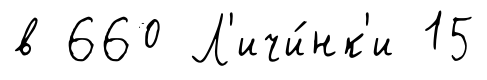
в 660 Л'ичи́нк'и 15